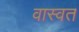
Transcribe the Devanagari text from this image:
वास्वत